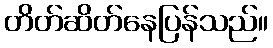
တိတ်ဆိတ်နေပြန်သည်။